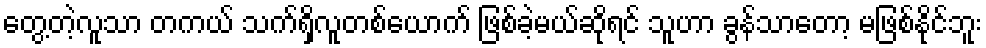
တွေ့တဲ့လူသာ တကယ် သက်ရှိလူတစ်ယောက် ဖြစ်ခဲ့မယ်ဆိုရင် သူဟာ ခွန်သာတော့ မဖြစ်နိုင်ဘူး